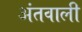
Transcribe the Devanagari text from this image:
अंतवाली